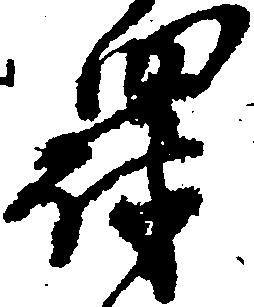
罰